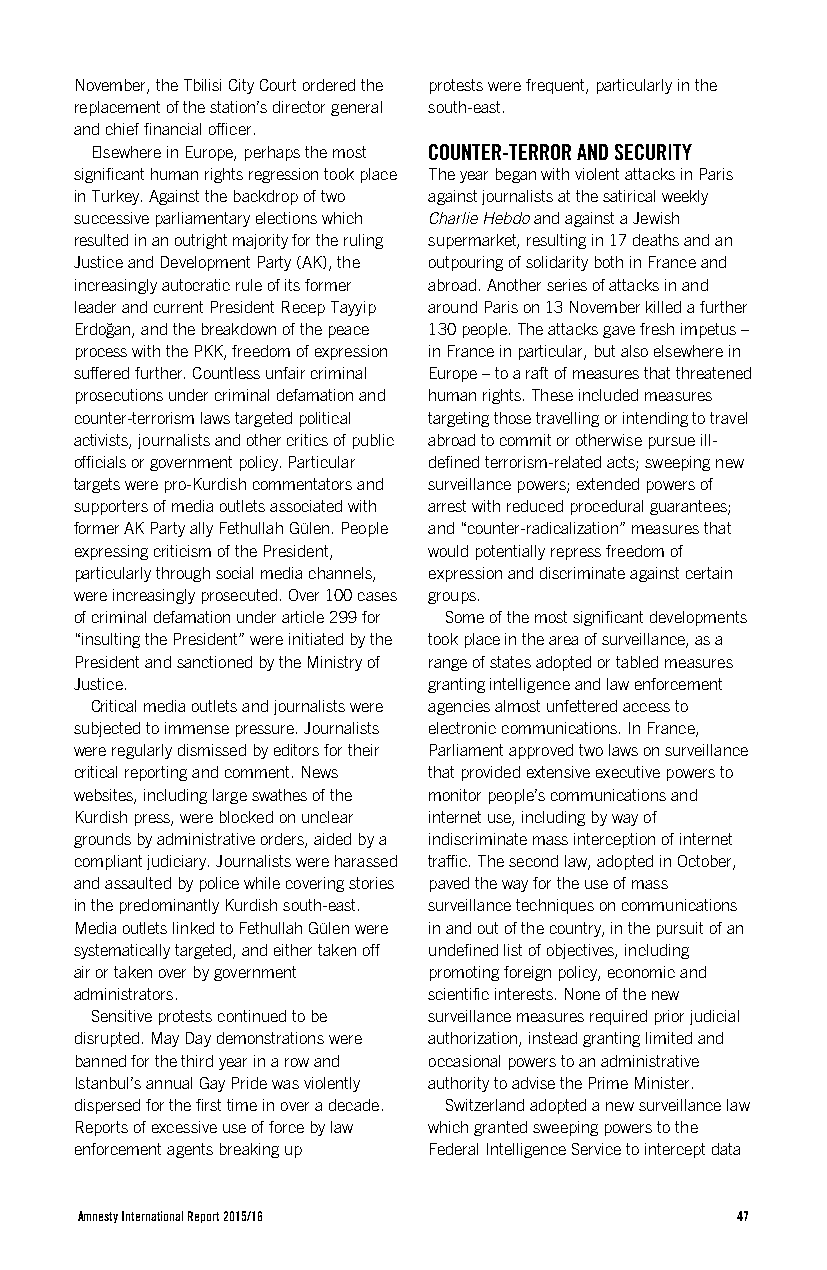
November, the Tbilisi City Court ordered the protests were frequent, particularly in the
 replacement of the station’s director general south-east.
 and chief financial officer.
 Elsewhere in Europe, perhaps the most COUNTER-TERROR AND SECURITY
 significant human rights regression took place The year began with violent attacks in Paris
 in Turkey. Against the backdrop of two against journalists at the satirical weekly
 successive parliamentary elections which Charlie Hebdo and against a Jewish
 resulted in an outright majority for the ruling supermarket, resulting in 17 deaths and an
 Justice and Development Party (AK), the outpouring of solidarity both in France and
 increasingly autocratic rule of its former abroad. Another series of attacks in and
 leader and current President Recep Tayyip around Paris on 13 November killed a further
 Erdoğan, and the breakdown of the peace 130 people. The attacks gave fresh impetus –
 process with the PKK, freedom of expression in France in particular, but also elsewhere in
 suffered further. Countless unfair criminal Europe – to a raft of measures that threatened
 prosecutions under criminal defamation and human rights. These included measures
 counter-terrorism laws targeted political targeting those travelling or intending to travel
 activists, journalists and other critics of public abroad to commit or otherwise pursue ill-
 officials or government policy. Particular defined terrorism-related acts; sweeping new
 targets were pro-Kurdish commentators and surveillance powers; extended powers of
 supporters of media outlets associated with arrest with reduced procedural guarantees;
 former AK Party ally Fethullah Gülen. People and “counter-radicalization” measures that
 expressing criticism of the President, would potentially repress freedom of
 particularly through social media channels, expression and discriminate against certain
 were increasingly prosecuted. Over 100 cases groups.
 of criminal defamation under article 299 for Some of the most significant developments
 “insulting the President” were initiated by the took place in the area of surveillance, as a
 President and sanctioned by the Ministry of range of states adopted or tabled measures
 Justice.               granting intelligence and law enforcement
 Critical media outlets and journalists were agencies almost unfettered access to
 subjected to immense pressure. Journalists electronic communications. In France,
 were regularly dismissed by editors for their Parliament approved two laws on surveillance
 critical reporting and comment. News that provided extensive executive powers to
 websites, including large swathes of the monitor people’s communications and
 Kurdish press, were blocked on unclear internet use, including by way of
 grounds by administrative orders, aided by a indiscriminate mass interception of internet
 compliant judiciary. Journalists were harassed traffic. The second law, adopted in October,
 and assaulted by police while covering stories paved the way for the use of mass
 in the predominantly Kurdish south-east. surveillance techniques on communications
 Media outlets linked to Fethullah Gülen were in and out of the country, in the pursuit of an
 systematically targeted, and either taken off undefined list of objectives, including
 air or taken over by government promoting foreign policy, economic and
 administrators.        scientific interests. None of the new
 Sensitive protests continued to be surveillance measures required prior judicial
 disrupted. May Day demonstrations were authorization, instead granting limited and
 banned for the third year in a row and occasional powers to an administrative
 Istanbul’s annual Gay Pride was violently authority to advise the Prime Minister.
 dispersed for the first time in over a decade. Switzerland adopted a new surveillance law
 Reports of excessive use of force by law which granted sweeping powers to the
 enforcement agents breaking up Federal Intelligence Service to intercept data
 Amnesty International Report 2015/16        47